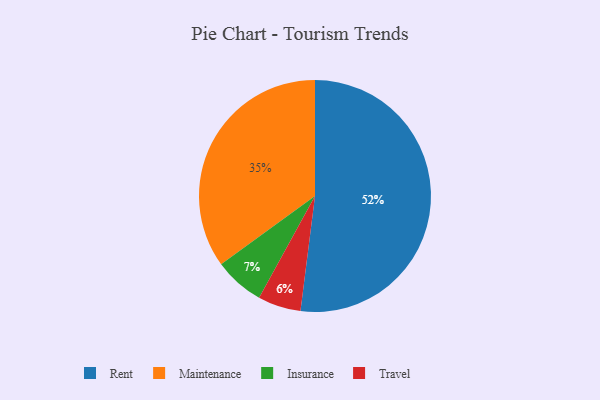
{"axis": {"x": "Category", "y": "Percentage"}, "legend": ["Insurance", "Maintenance", "Rent", "Travel"], "data": [{"x": "Maintenance", "y": 35, "type": "Maintenance"}, {"x": "Travel", "y": 6, "type": "Travel"}, {"x": "Insurance", "y": 7, "type": "Insurance"}, {"x": "Rent", "y": 52, "type": "Rent"}]}